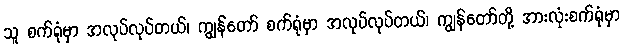
သူ စက်ရုံမှာ အလုပ်လုပ်တယ်၊ ကျွန်တော် စက်ရုံမှာ အလုပ်လုပ်တယ်၊ ကျွန်တော်တို့ အားလုံးစက်ရုံမှာ